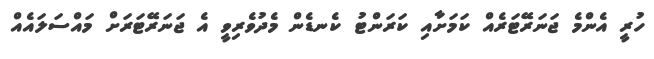
ހުރީ އެންމެ ޖަނަރޭޓަރެއް ކަމަށާއި ކަރަންޓު ކެނޑެން މެދުވެރިވީ އެ ޖަނަރޭޓަރަށް މައްސަލައެއް